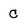
Character: C